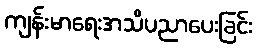
ကျန်းမာရေးအသိပညာပေးခြင်း